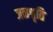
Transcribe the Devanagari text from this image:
जनश्रृति